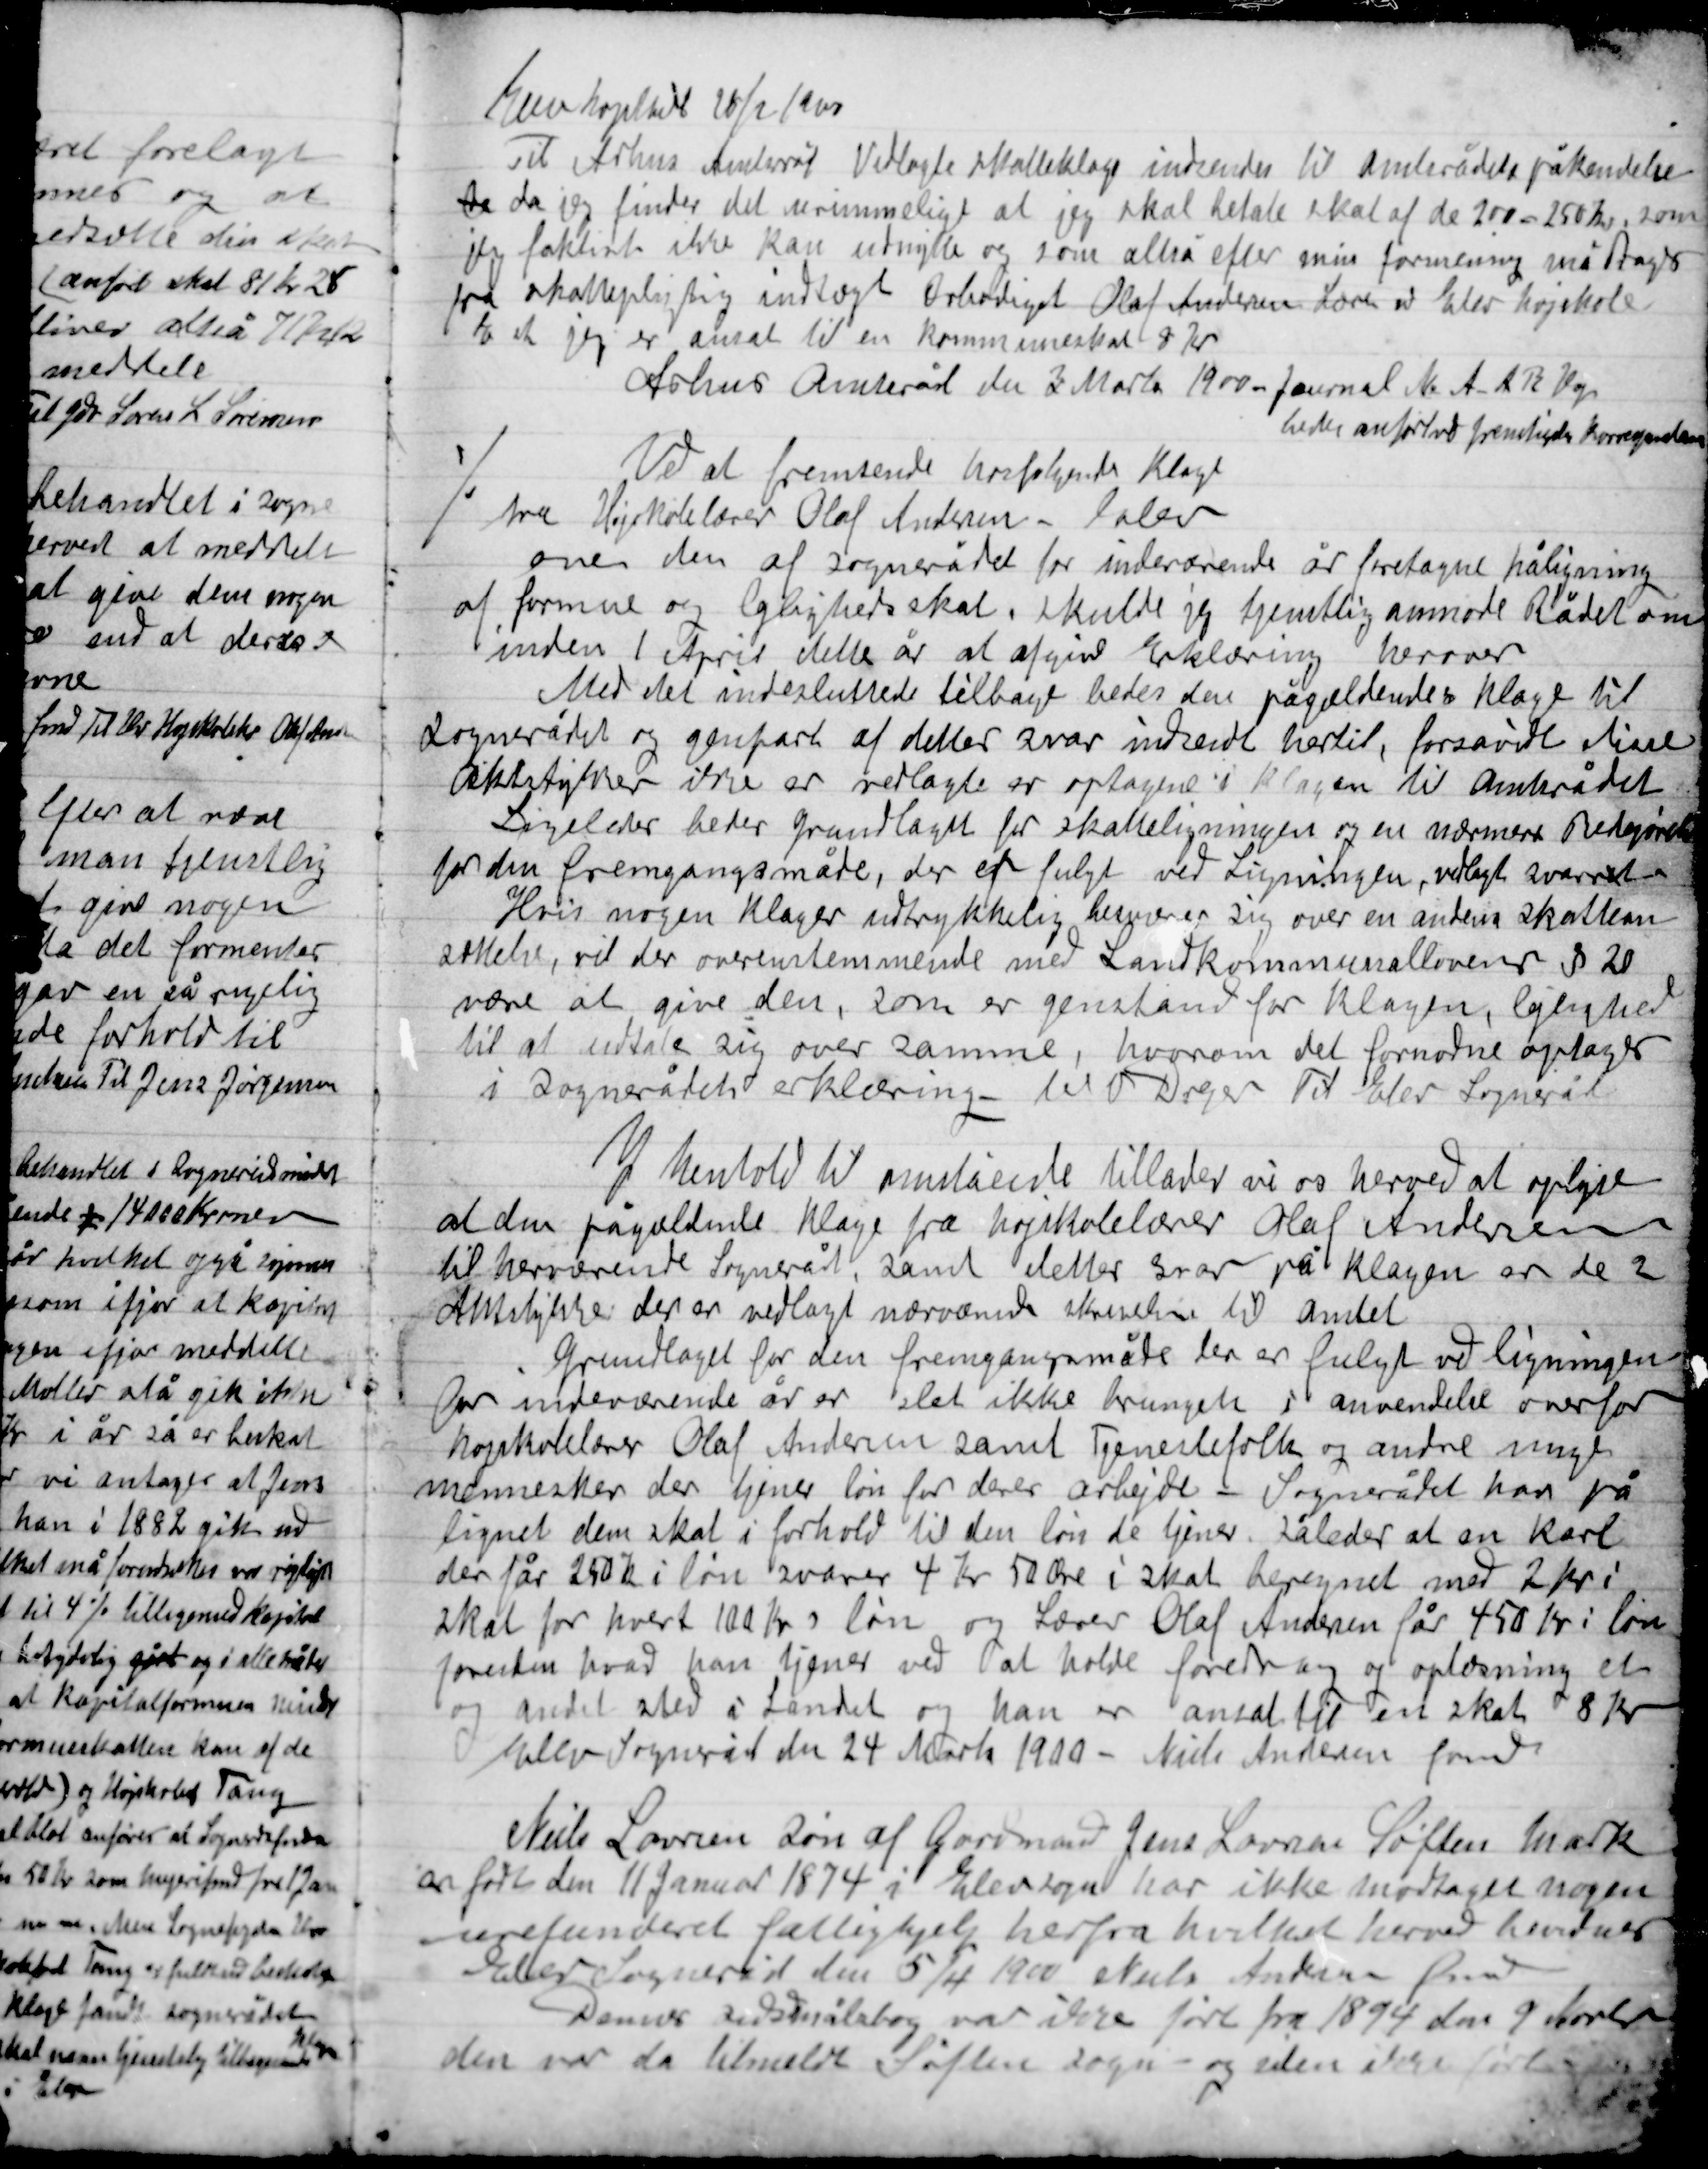
Transskription:
Kurhospital 20/2 1900
Til Arhus Amtsråd Vedlagte skatteklage indsendes til Amtsrådets påkendelse
de da jeg finder det urimeligt at jeg skal betale skat af de 200-250 Kr., som
jeg faktisk ikke kan udnytte og som altså efter min formening må tages
fra skattepligtig indtægt Ærbødigst Olaf Andersen Lærer v Elev højskole
E et jeg er ansat til en kommuneskat 8 Kr.
Århus Amtsråd den 3 Marts 1900 - Journal No. A.A.R. Vgs
bedes anført ved fremtidige korrespondance

Ved at fremsende her følgende Klage
fra Højskolelærer Olaf Andersen leder
om den af Sognerådet for indeværende år foretagne påligning
af formue og lejlighed skal skulde jeg tjenstlig anmode Rådet om
inden 1 April dette år at afgive Erklæring hervære.
Med det indesluttede tilbage bedes den pågældende klage til
Sognerådet og genpart af dette svar indsendt hertil, for så vidt disse
Aktstykker ikke er vedlagte er optagene i klagen til Amtsrådet
Ligeledes beder fuldmagt for skatteligningen og en nærmere Redegørelse
for den fremgangsmåde, der er fulgt ved Ligningen, vedlagt svaret.
Hvis nogen Klager udtrykkelig bemærker sig over en andens skattean-
sættelse, vil der overensstemmende med Landkommunal loven § 20
være at give den, som er genstand for klagen, lejlighed
til at udtale sig over samme, hvorom det fornødne optages
i Sognerådets erklæring – Det V. Drejer Til Elev Sogneråd

I henholdt til ovenstående tillader vi os herved at oplyse
at den pågældende klage fra højskolelærer Olaf Andersen
til herværende Sogneråd, samt dettes svar på klagen er de 2
Aktstykker der er vedlagt nærværende skrivelse til Amtet.
Grundlaget for den fremgangsmåde der er fulgt ved ligningen
Indeværende år er slet ikke bragt i anvendelse overfor
Højskolelærer Olaf Andersen samt Tjenestefolks og andre unge
mennesker der tjener løn for deres arbejde – Sognerådet kan på-
lignet dem skat i forhold til den løn de tjener. Således at en karl
der får 250 Kr. i løn svarer 4 Kr. 40 Øre i skat beregnet med 2 Kr. i
skat for hvert 100 Kr. i løn og lærer Olaf Andersen får 450 Kr. i løn
foruden hvad han tjener ved at holde foredrag og oplæsning et
og andet sted i landet og han er ansat til en skat 8 Kr.
 Elev Sogneråd den 24 Marts 1900 – Niels Andersen fmd.

Niels Lavrsen Søn af Gårdmand Jens Lavrsen Søften mark
er født den 11 Januar 1874 i Elev Sogn har ikke modtaget nogen
urefunderet fattighjælp herfra hvilket herved bedyre
Elev Sogneråd den 5/4 1900 Niels Andersen fmd.
Denne Sognerådsbog var ikke ført fra 1894 den 9 Marts
den var da tilmeldt Søften Sogn og siden ikke ført